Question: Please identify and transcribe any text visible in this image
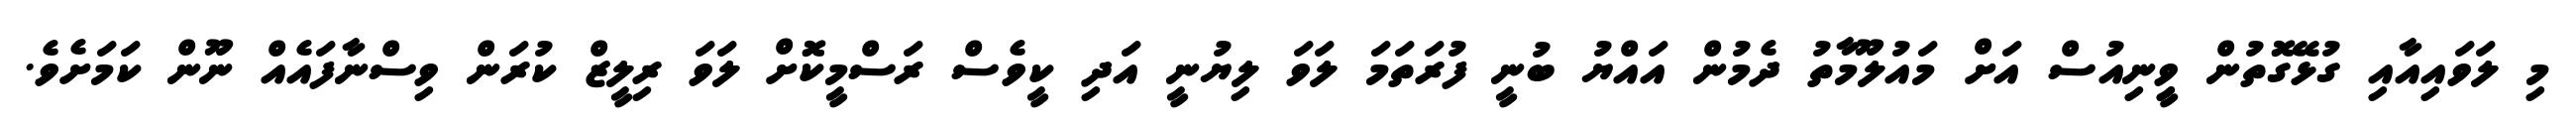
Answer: މި ލަވައިއާއި ގުޅޭގޮތުން ވީިނިއުސް އަށް މައުލޫމާތު ދެމުން އައްޔު ބުނީ ފުރަތަމަ ލަވަ ލިޔުނީ އަދި ކީވެސް ރަސްމީކޮށް ލަވަ ރިލީޒް ކުރަން ވިސްނާފައެއް ނޫން ކަމަށެވެ.